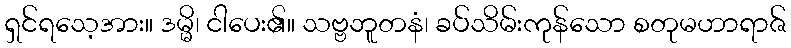
ရှင်ရသေ့အား။ ဒမ္မိ၊ ငါပေး၏။ သဗ္ဗဘူတနံ၊ ခပ်သိမ်းကုန်သော စတုမဟာရာဇ်